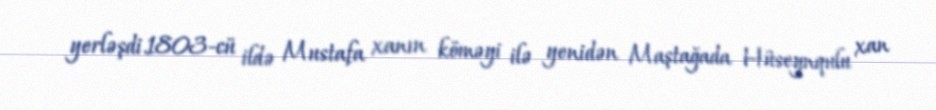
yerləşdi.1803-cü ildə Mustafa xanın köməyi ilə yenidən Maştağada Hüseynqulu xan